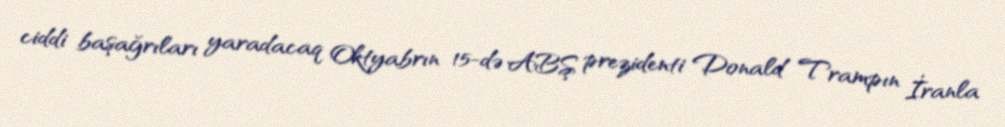
ciddi başağrıları yaradacaq Oktyabrın 15-də ABŞ prezidenti Donald Trampın İranla